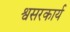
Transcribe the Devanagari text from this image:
श्वसरकार्य